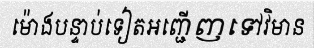
ម៉ោងបន្ទាប់ទៀតអញ្ជើញទៅវិមាន